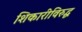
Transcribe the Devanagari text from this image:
शिकारीविरुद्ध